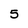
Character: 5